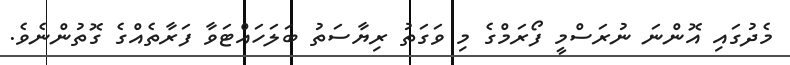
މެދުގައި އޮންނަ ނުރަސްމީ ފޯރަމްގެ މި ވަގަތު ރިޔާސަތު ބަލަހައްޓަވާ ފަރާތެއްގެ ގޮތުންނެވެ.